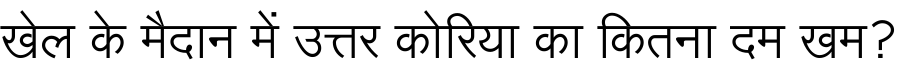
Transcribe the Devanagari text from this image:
खेल के मैदान में उत्तर कोरिया का कितना दम खम?